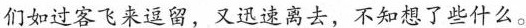
们如过客飞来逗留，又迅速离去，不知想了些什么。